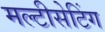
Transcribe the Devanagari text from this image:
मल्टीसेटिंग